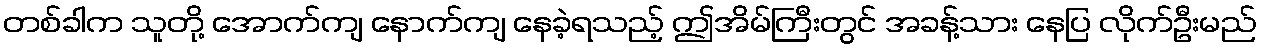
တစ်ခါက သူတို့ အောက်ကျ နောက်ကျ နေခဲ့ရသည့် ဤအိမ်ကြီးတွင် အခန့်သား နေပြ လိုက်ဦးမည်